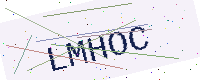
Text: LMHOC